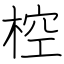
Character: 椌